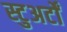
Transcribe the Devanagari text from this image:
स्टुअर्टों